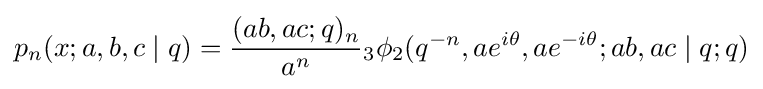
p_{n}(x;a,b,c\mid q)={\frac {(ab,ac;q)_{n}}{a^{n}}}{_{3}\phi _{2}}(q^{-n},ae^{i\theta },ae^{-i\theta };ab,ac\mid q;q)